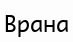
Врана